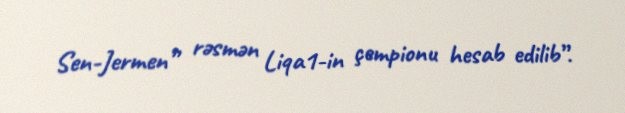
Sen-Jermen” rəsmən Liqa1-in çempionu hesab edilib”.